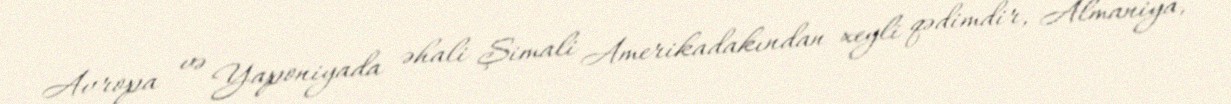
Avropa və Yaponiyada əhali Şimali Amerikadakından xeyli qədimdir, Almaniya,